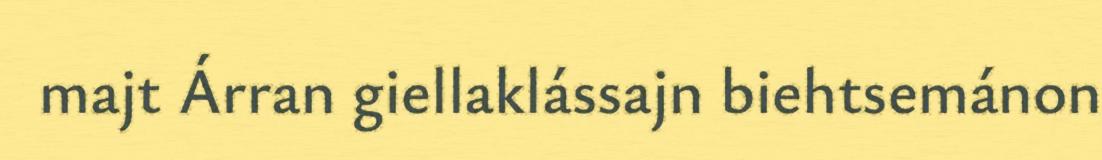
majt Árran giellaklássajn biehtsemánon